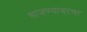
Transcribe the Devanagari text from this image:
भाजण्यावरचा